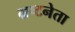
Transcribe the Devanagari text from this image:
भ्रष्टनेता